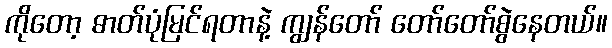
ကိုတော့ ဓာတ်ပုံမြင်ရတာနဲ့ ကျွန်တော် တော်တော်စွဲနေတယ်။